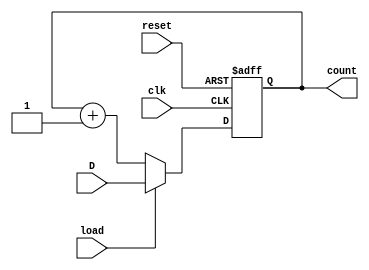
module PC(clk, load, reset, D, count);
    input clk, load, reset;
	 input [15:0] D;
    output reg [15:0] count;

    always @(posedge clk or negedge reset)
			if (~reset)
				count <= 16'b0;
			else if (load) 
            count <= D;  
         else
				count <= count + 1'b1;
endmodule